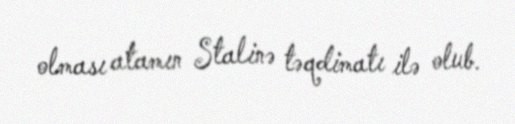
olması atamın Stalinə təqdimatı ilə olub.